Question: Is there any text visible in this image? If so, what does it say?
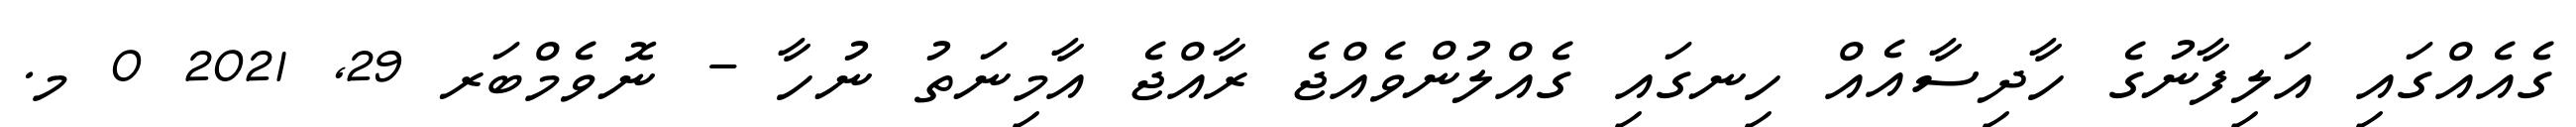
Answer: ގެއެއްގައި އަލިފާނުގެ ހާދިސާއެއް ހިނގައި ގެއްލުންވެއްޖެ ރާއްޖެ އާމިނަތު ނުހާ - ނޮވެމްބަރ 29, 2021 0 މ.